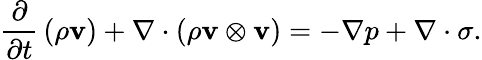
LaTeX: {\frac{\partial}{\partial t}}\left(\rho\mathbf{v}\right)+\nabla\cdot(\rho\mathbf{v}\otimes\mathbf{v})=-\nabla p+\nabla\cdot\sigma.